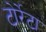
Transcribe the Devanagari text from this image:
टोर्रेटा